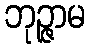
ဘုဉ္ဇာမ